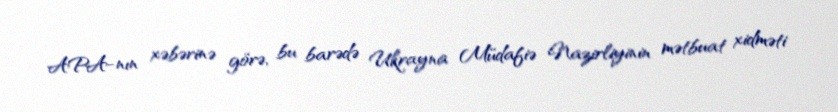
APA-nın xəbərinə görə, bu barədə Ukrayna Müdafiə Nazirliyinin mətbuat xidməti